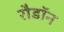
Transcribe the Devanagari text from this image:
रौडॉन